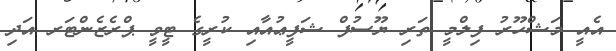
އެއީ މަޝްހޫރު ފިލްމީ ތަރި ޔޫސުފް ޝަފީޢުއާއި ކުރީގެ ޓީވީ ޕްރެޒެންޓަރ އަދި